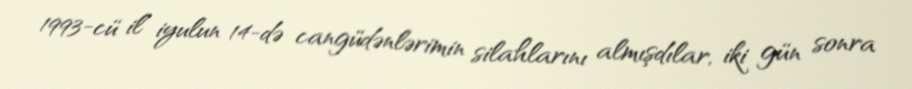
1993-cü il iyulun 14-də cangüdənlərimin silahlarını almışdılar, iki gün sonra